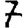
Digit: 7